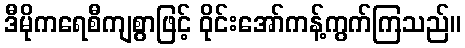
ဒီမိုကရေစီကျစွာဖြင့် ဝိုင်းအော်ကန့်ကွက်ကြသည်။